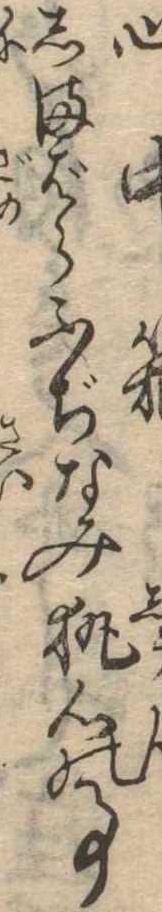
心中箱しまばらふぢなみ執心の事